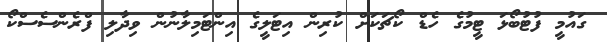
ގައުމީ ފުޓުބޯޅަ ޓީމުގެ ހެޑް ކޯޗަކަށް ކުރިން އިޓަލީގެ އިންޓަމިލާނުން ވިދާލި ފްރެންސެސްކޯ